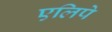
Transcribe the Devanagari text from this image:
एलिपे